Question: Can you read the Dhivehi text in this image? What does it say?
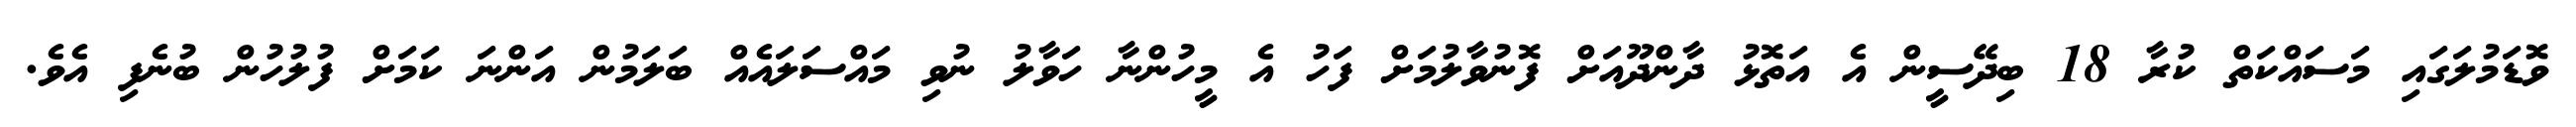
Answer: ވޮޑަމުލަގައި މަސައްކަތް ކުރާ 18 ބިދޭސީން އެ އަތޮޅު ދާންދޫއަށް ފޮނުވާލުމަށް ފަހު އެ މީހުންނާ ހަވާލު ނުވި މައްސަލައެއް ބަލަމުން އަންނަ ކަމަށް ފުލުހުން ބުނެފި އެވެ.